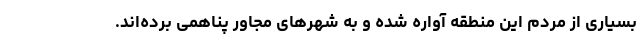
بسیاری از مردم این منطقه آواره شده و به شهرهای مجاور پناهمی برده‌اند.